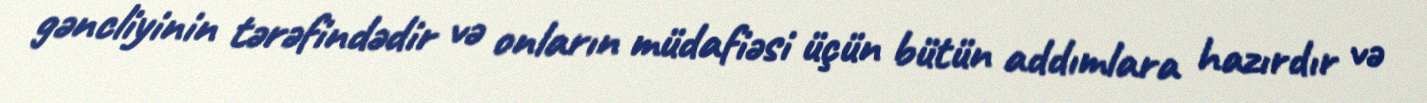
gəncliyinin tərəfindədir və onların müdafiəsi üçün bütün addımlara hazırdır və